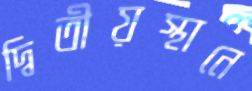
দ্বিতীয়স্থানে